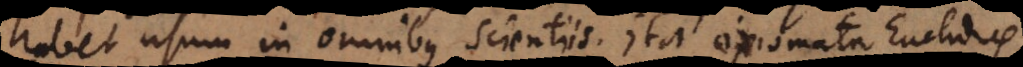
habet usum in omnibus scientiis. Ita axiomata Euclidis,